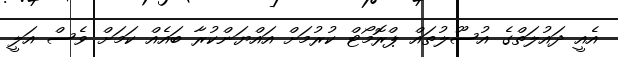
އެއީ ދައުލަތްގެ އުސޫލުތައް ޕްރޮމޯޓް ކުރުމަށް އައްޔަންކުރާ ބައެއް ކަމަށް ވެސް އަލީ